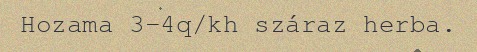
Hozama 3-4q/kh száraz herba.